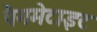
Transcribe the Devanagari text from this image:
पैगमेटाइट